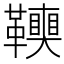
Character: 𩍭